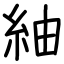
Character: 紬